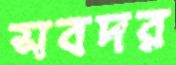
সবদর